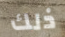
ذلك